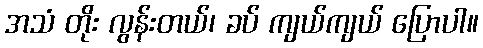
အသံ တိုး လွန်းတယ်၊ ခပ် ကျယ်ကျယ် ပြောပါ။